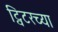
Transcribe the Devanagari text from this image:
ट्विटरच्या